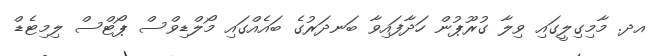
އދ. މާމިގިލީގައި ވިލާ ގުރޫޕުން ހަދާފައިވާ ބަނދަރުގެ ބައެއްގައި މޯލްޑިވްސް ޕޯޓްސް ލިމިޓެޑް